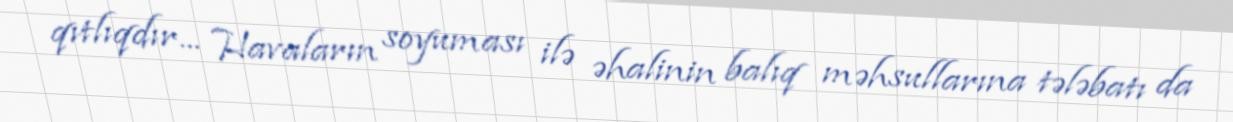
qıtlıqdır... Havaların soyuması ilə əhalinin balıq məhsullarına tələbatı da